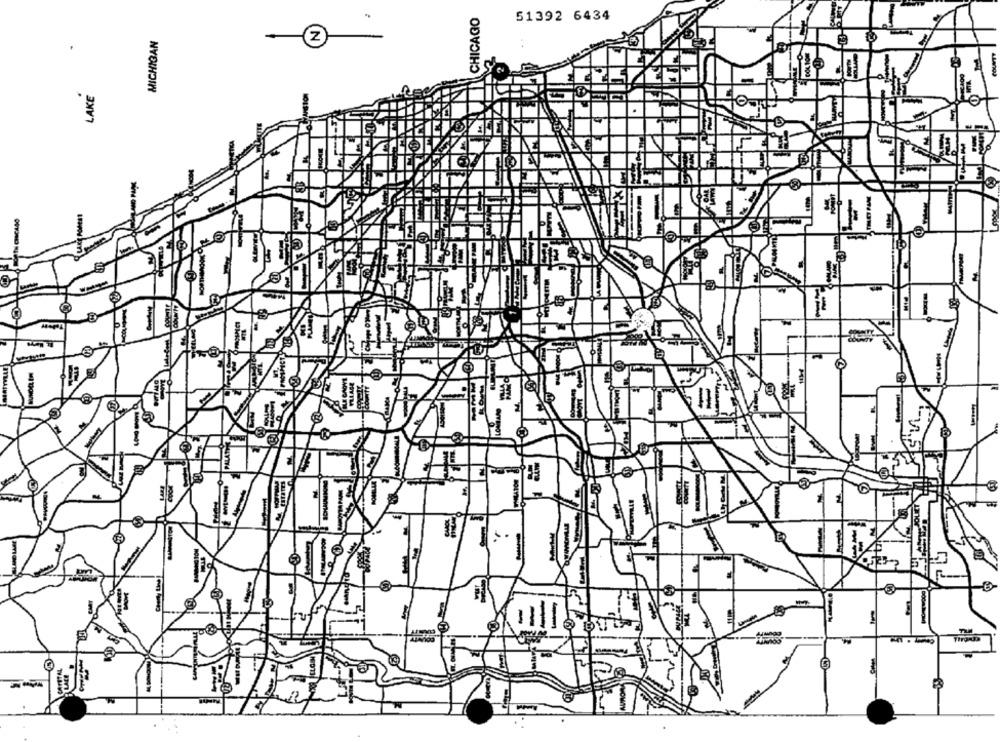
CHICAGO
51392 6434
MICHIGAN
LAKE
BAR
18
POMES
lel
B
le
MMM
LOME
PALATE
M